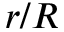
r / R